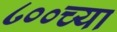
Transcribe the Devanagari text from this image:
८००च्या